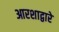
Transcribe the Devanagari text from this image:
आरशाद्वारे